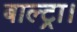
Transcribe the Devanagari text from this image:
बाल्ट्रा।